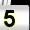
Digit: 5